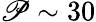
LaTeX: \mathscr{P}\sim30